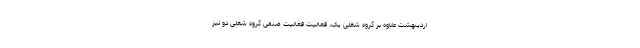
اردیبهشت علاوه بر گروه شغلی یک، فعالیت فعالیت صنفی گروه شغلی دو نیز